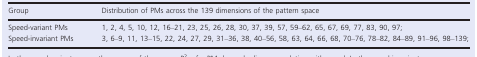
<table><thead><tr><td><b>Group</b></td><td><b>Distribution of PMs across the 139 dimensions of the pattern space</b></td></tr></thead><tbody><tr><td>Speed-variant PMs</td><td>1, 2, 4, 5, 10, 12, 16–21, 23, 25, 26, 28, 30, 37, 39, 57, 59–62, 65, 67, 69, 77, 83, 90, 97;</td></tr><tr><td>Speed-invariant PMs</td><td>3, 6–9, 11, 13–15, 22, 24, 27, 29, 31–36, 38, 40–56, 58, 63, 64, 66, 68, 70–76, 78–82, 84–89, 91–96, 98–139;</td></tr></tbody></table>